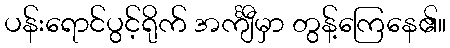
ပန်းရောင်ပွင့်ရိုက် အင်္ကျီမှာ တွန့်ကြေနေ၏။